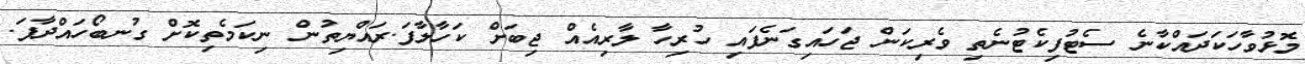
މޮޅުވާހަކަދައްކާނެ ސެޓުފިކެޓުނެތި ވެރިކަން ޖަހައިގަނެފައި ހުރިހާ ލާރިއެއް ޖިބަށް ކަހާލާފަ.ރައްޔިތުން ނިކަމެތިކޮށް ގުނބޯހައްދާފަ.